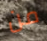
من